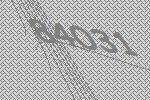
84031